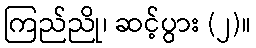
ကြည်ညို၊ ဆင့်ပွား (၂)။